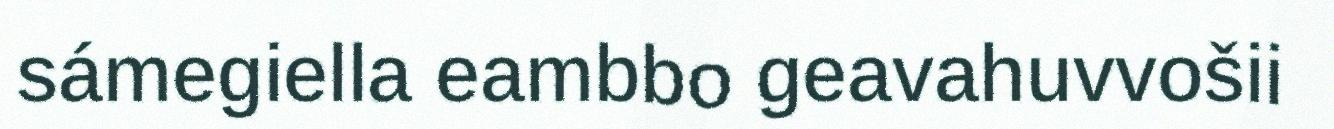
sámegiella eambbo geavahuvvošii